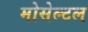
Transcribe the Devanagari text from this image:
मोसेल्टल